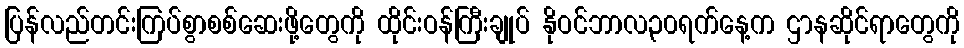
ပြန်လည်တင်းကြပ်စွာစစ်ဆေးဖို့တွေကို ထိုင်းဝန်ကြီးချုပ် နိုဝင်ဘာလ၃၀ရက်နေ့က ဌာနဆိုင်ရာတွေကို